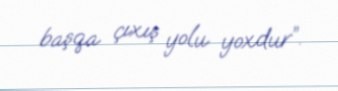
başqa çıxış yolu yoxdur”.